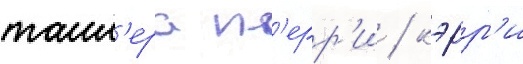
таил'ера п'ерр'и / кэрр'и